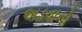
અડવાનો